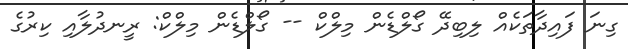
ގިނަ ފައިދާތަކެއް ލިބިދޭ ގޯލްޑެން މިލްްކް -- ގޯލްޑެން މިލްކް: ރީނދުލާއި ކިރުގެ